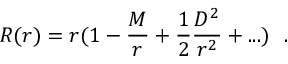
R ( r ) = r ( 1 - { \frac { M } { r } } + \frac { 1 } { 2 } { \frac { D ^ { 2 } } { r ^ { 2 } } } + . . . ) ~ ~ .